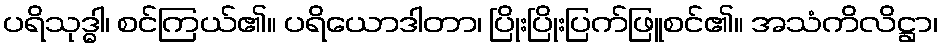
ပရိသုဒ္ဓါ၊ စင်ကြယ်၏။ ပရိယောဒါတာ၊ ပြိုးပြိုးပြက်ဖြူစင်၏။ အသံကိလိဋ္ဌာ၊